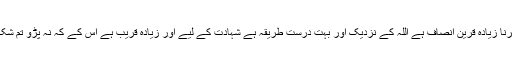
تمہارا ایسا کرنا زیادہ قرین انصاف ہے اللہ کے نزدیک اور بہت درست طریقہ ہے شہادت کے لیے اور زیادہ قریب ہے اس کے کہ نہ پڑو تم شک و شبہ میں۔